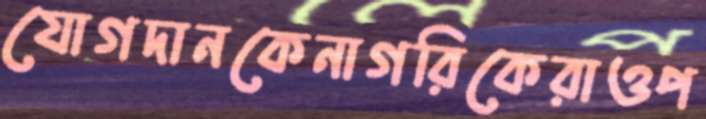
যোগদানকেনাগরিকেরাওপ